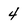
Character: 4